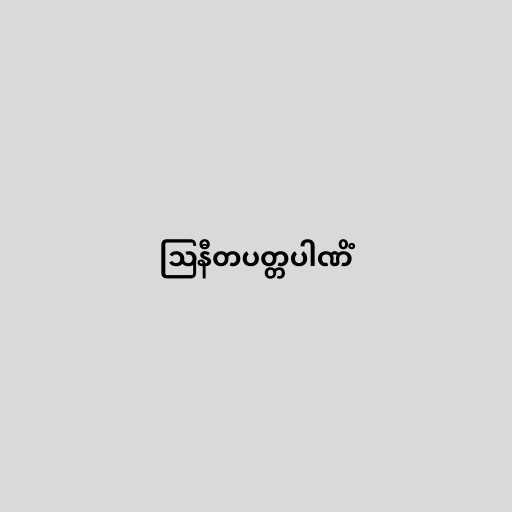
ဩနီတပတ္တပါဏိံ